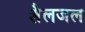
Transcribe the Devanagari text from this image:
शैलजल